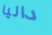
داليا